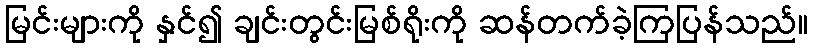
မြင်းများကို နှင်၍ ချင်းတွင်းမြစ်ရိုးကို ဆန်တက်ခဲ့ကြပြန်သည်။